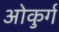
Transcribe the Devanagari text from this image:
ओकुर्ग